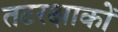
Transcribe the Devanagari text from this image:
तटरक्षाकों